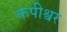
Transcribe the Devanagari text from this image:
कपीश्वर